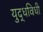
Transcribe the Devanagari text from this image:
युद्धविधी